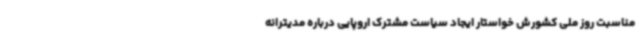
مناسبت روز ملی کشورش خواستار ایجاد سیاست مشترک اروپایی درباره مدیترانه